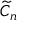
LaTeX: { \widetilde { C } } _ { n }